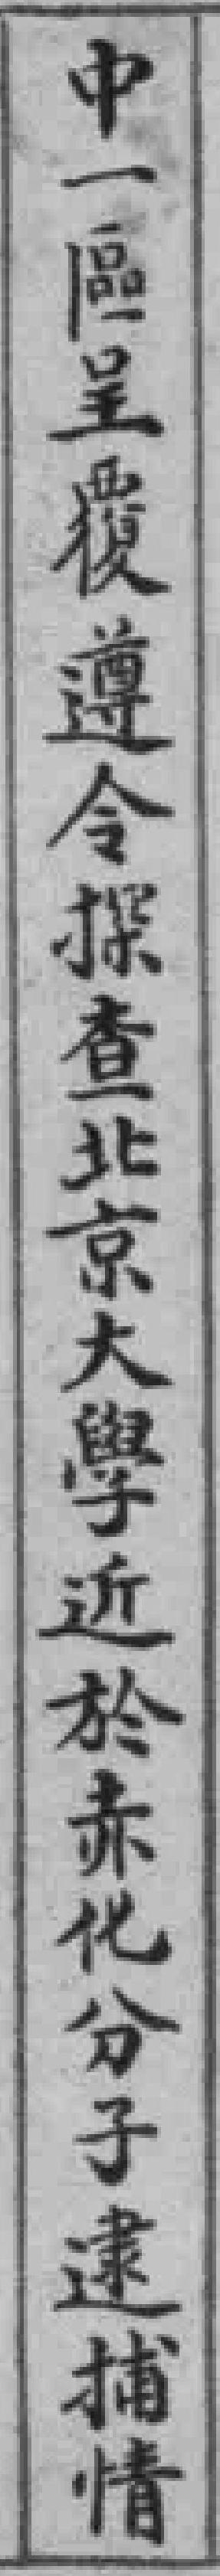
中一區呈覆遵令探查北京大學近於赤化分子逮捕情